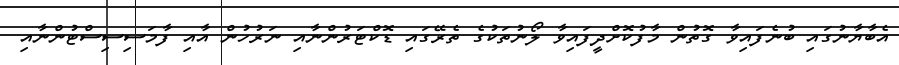
އެބާޔާނުގައި ބުނެފައިވާ ގޮތުން މާފުކޮށްދީފައިވާ ލޯނުތަކުގެ ތެރޭގައި ޑޮކްޓަރުންނާއި ނަރުހުން އާއި ފާމަސިސިސްޓުންނާއި